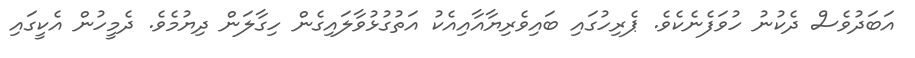
އަބަދުވެސް ދެކުނު ހުވަފެނެކެވެ. ޕެރިހުގައި ބައިވެރިޔާއާއިއެކު އަތުގުޅުވާލައިގެން ހިގާލަން ދިޔުމެވެ. ދެމީހުން އެކީގައި